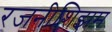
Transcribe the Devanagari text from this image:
रजनीशिझम